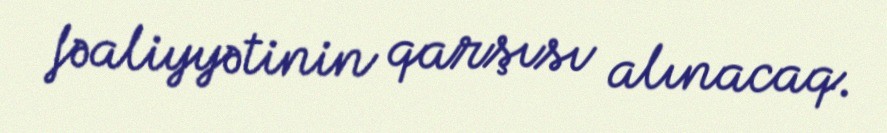
fəaliyyətinin qarşısı alınacaq.